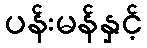
ပန်းမန်နှင့်